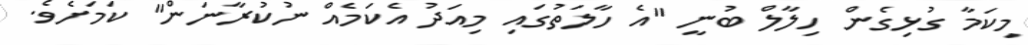
މިކަމާ ގުޅިގެން ހިލާލް ބުނީ "އެ ހާލަތުގައި މިއަދު އެކަމެއް ނުކުރާނަން" ކަމަށެވެ.